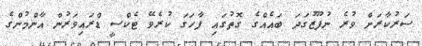
ސަރުކާރަށް ވުރެ ނުފޫޒުގަދަ ބައެއްގެ ގޮތުގައި ފާހަގަ ކުރެވޭ ޓެކްސީ ޑްރައިވަރުން އާންމުންގެ